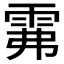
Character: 𩂕